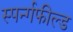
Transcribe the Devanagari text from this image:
स्पर्न्गफील्ड